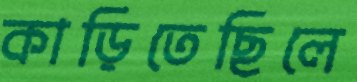
কাড়িতেছিলে